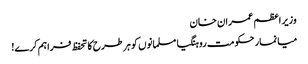
وزیر اعظم عمران خان
میانمار حکومت روہنگیا مسلمانوں کو ہر طرح کا تحفظ فراہم کرے!